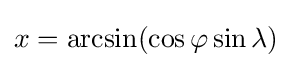
x=\arcsin(\cos \varphi \sin \lambda )